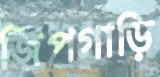
জিপগাড়ি